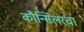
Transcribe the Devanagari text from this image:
कौन्सिलरचा